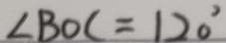
\angle B O C = 1 2 0 ^ { \circ }